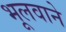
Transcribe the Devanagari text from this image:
भूलवाने